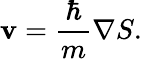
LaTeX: \mathbf{v}=\frac{\hbar}{m}\nabla S.